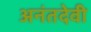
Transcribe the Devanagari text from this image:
अनंतदेवी